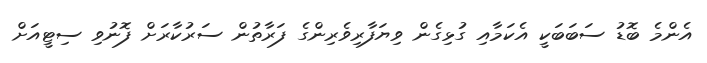
އެންމެ ބޮޑު ސަބަބަކީ އެކަމާއި ގުޅިގެން ވިޔަފާރިވެރިންގެ ފަރާތުން ސަރުކާރަށް ފޮނުވި ސިޓީއަށް